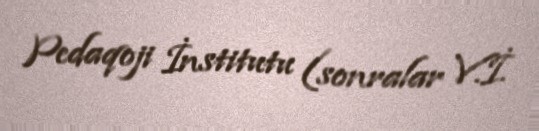
Pedaqoji İnstitutu (sonralar V.İ.